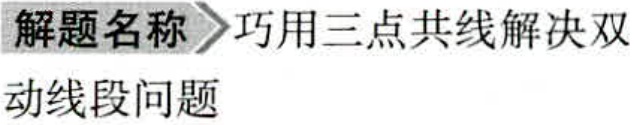
解题名称 巧用三点共线解决双
动线段问题